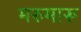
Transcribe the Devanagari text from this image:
मरुमारू